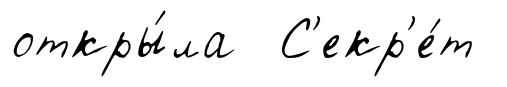
откры́ла С'екр'е́т